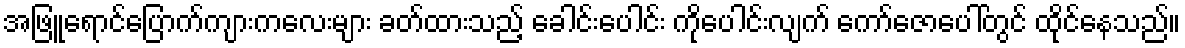
အဖြူရောင်ပြောက်ကျားကလေးများ ခတ်ထားသည့် ခေါင်းပေါင်း ကိုပေါင်းလျက် ကော်ဇောပေါ်တွင် ထိုင်နေသည်။